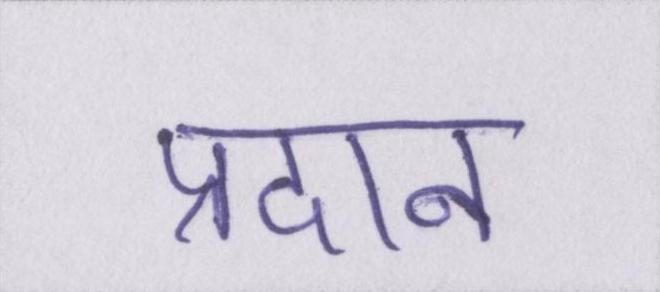
प्रदान